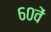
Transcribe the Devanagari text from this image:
६०वें